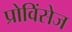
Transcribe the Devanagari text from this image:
प्रोविंसेज